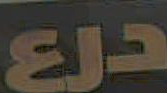
درع